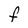
Character: F